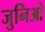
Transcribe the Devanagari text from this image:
जुनिओ